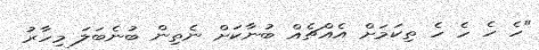
"ހެ ހެ ހެ ހެ ތިކަމަށް އެއްޗެއް ބުނާކަށް ނެތިން ބުނެބަލަ މިހާރު